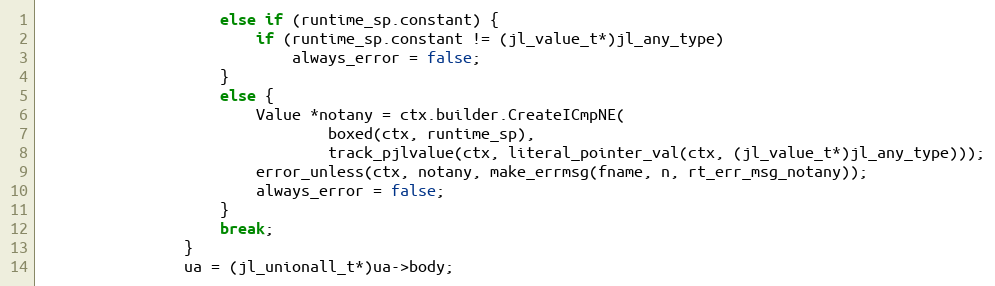
Language: C++
                    else if (runtime_sp.constant) {
                        if (runtime_sp.constant != (jl_value_t*)jl_any_type)
                            always_error = false;
                    }
                    else {
                        Value *notany = ctx.builder.CreateICmpNE(
                                boxed(ctx, runtime_sp),
                                track_pjlvalue(ctx, literal_pointer_val(ctx, (jl_value_t*)jl_any_type)));
                        error_unless(ctx, notany, make_errmsg(fname, n, rt_err_msg_notany));
                        always_error = false;
                    }
                    break;
                }
                ua = (jl_unionall_t*)ua->body;